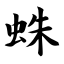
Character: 蛛